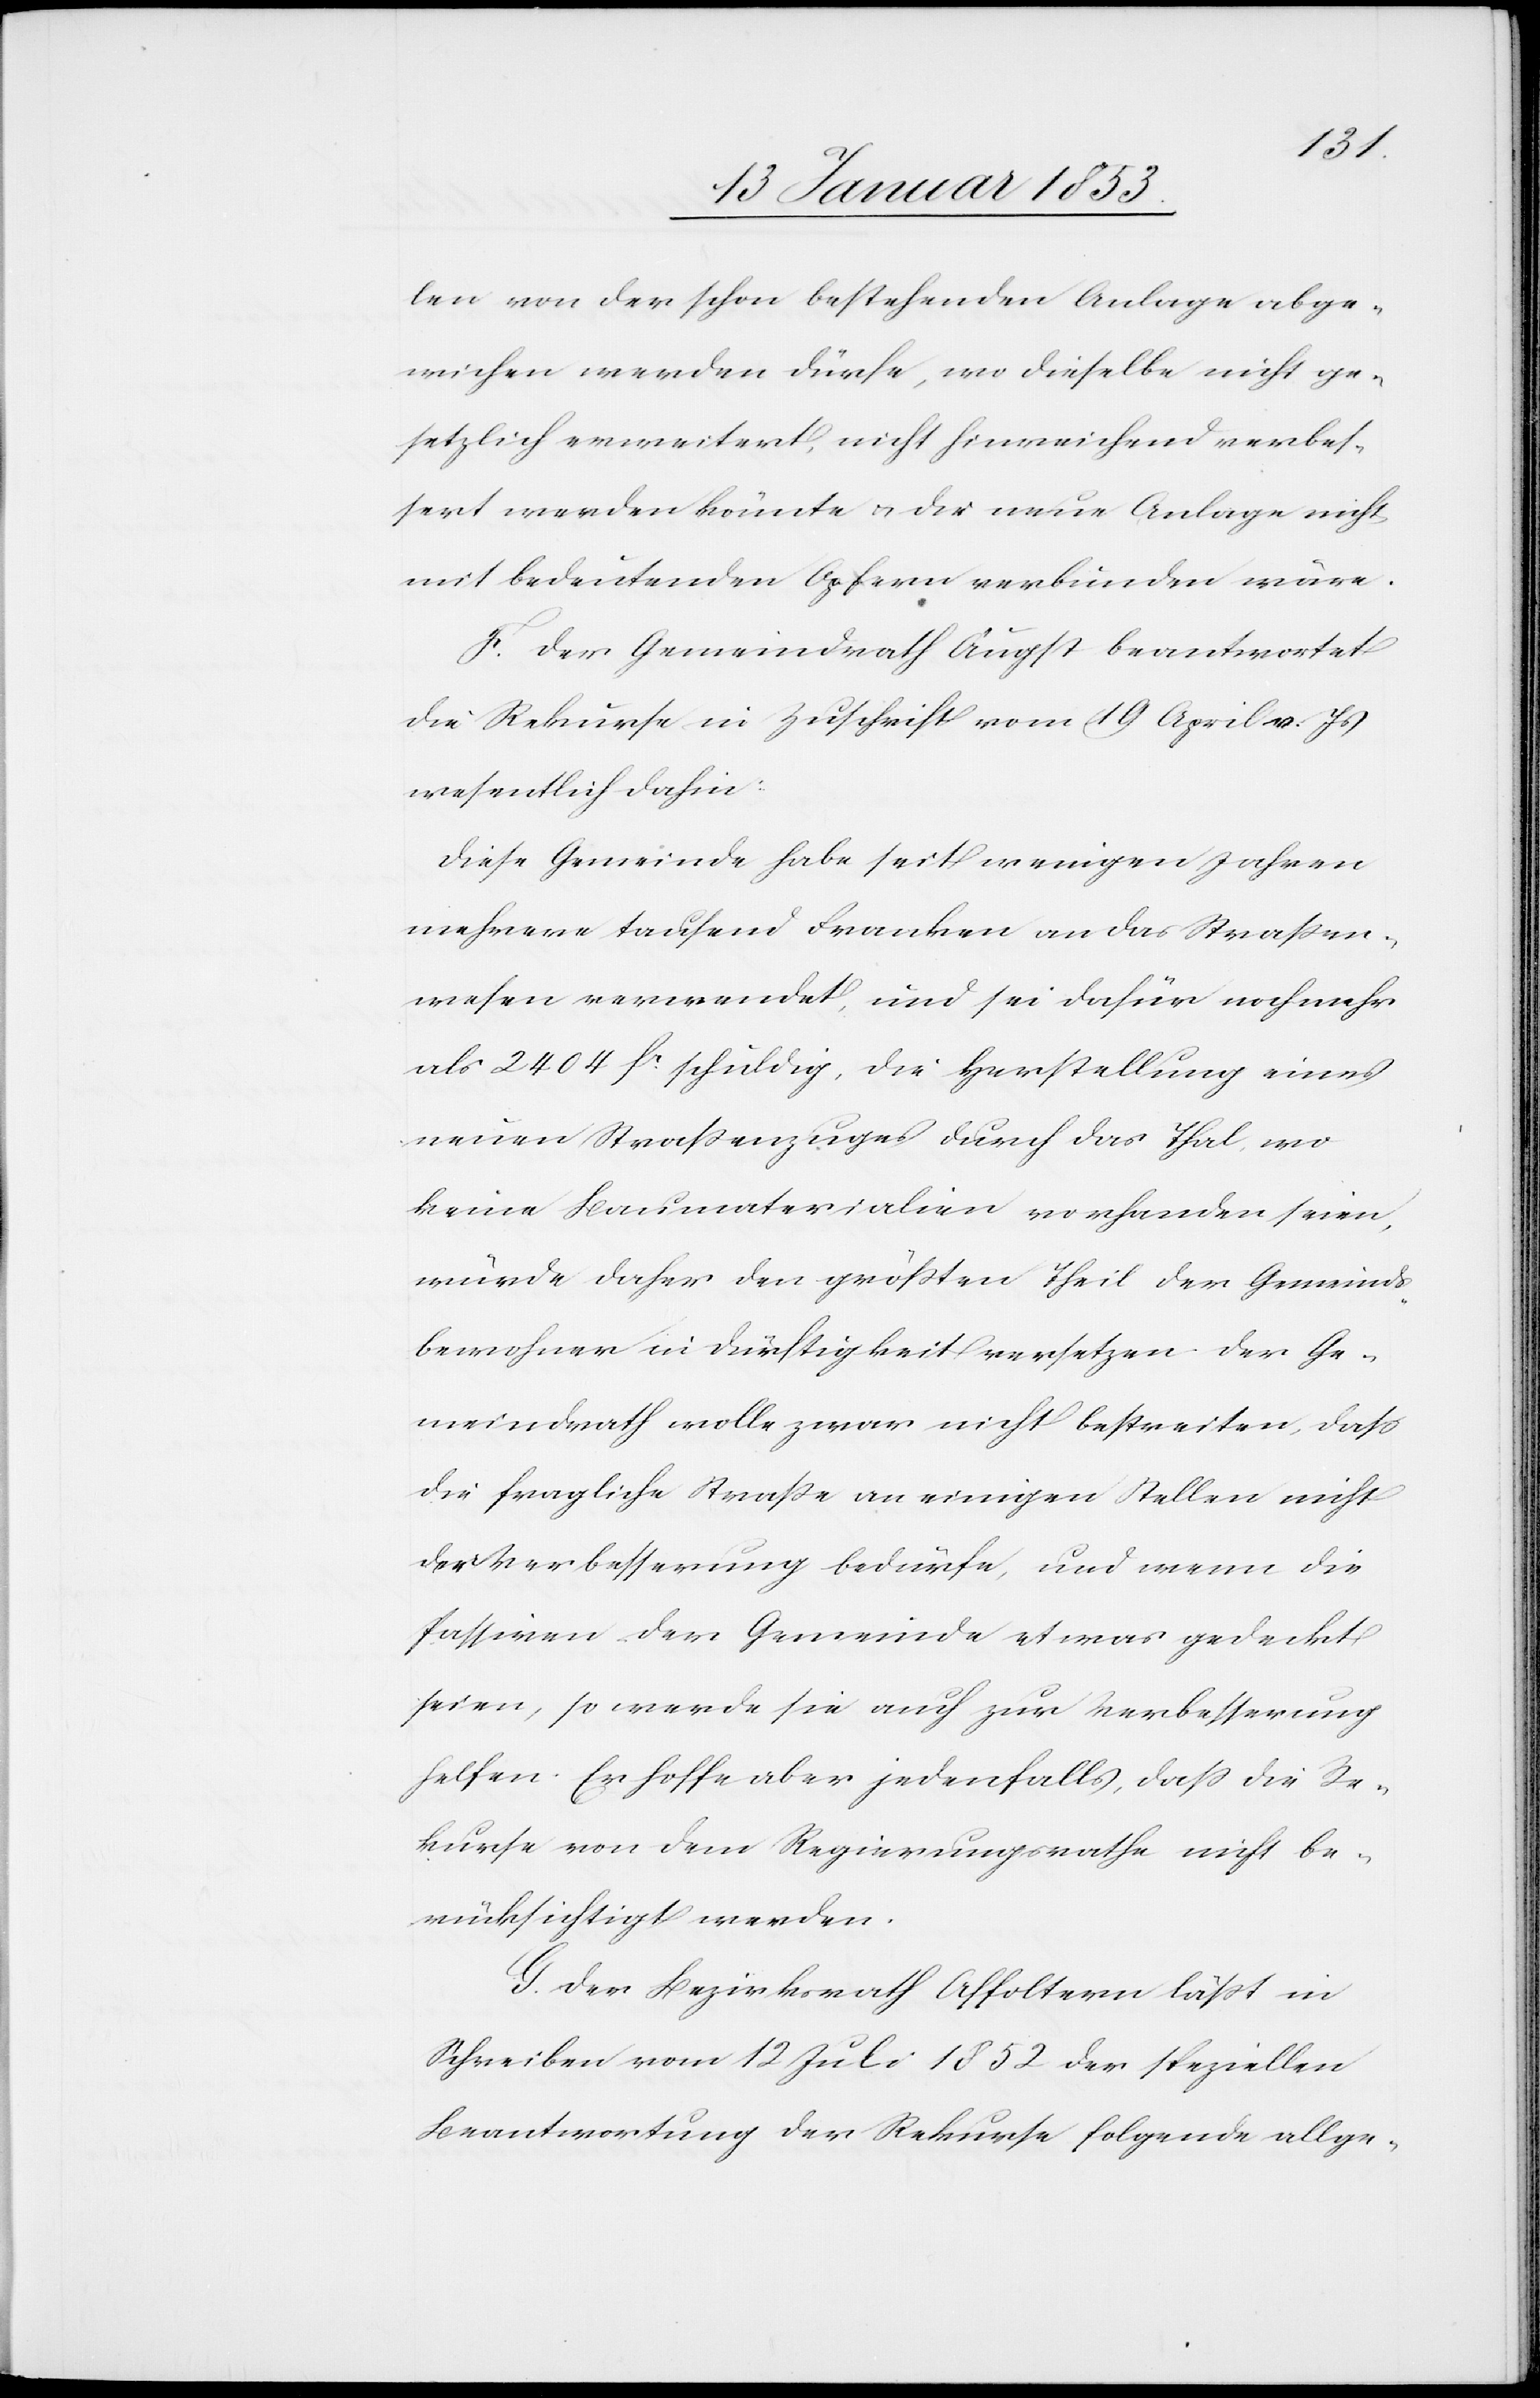
len von der schon bestehenden Anlage abge¬
wichen werden dürfe, wo dieselbe nicht ge¬
setzlich erweitert, nicht hinreichend verbes¬
sert werden könnte u. die neue Anlage nicht
mit bedeutenden Opfern verbunden wäre.
F. Der Gemeindrath Äugst beantwortet
die Rekurse in Zuschrift vom 19 April v. Js
wesentlich dahin:
Diese Gemeinde habe seit wenigen Jahren
mehrere tausend Franken an das Strassen¬
wesen verwendet, und sei dafür noch mehr
als 2404 fr schuldig, die Herstellung eines
neuen Strassenzuges durch das Thal, wo
keine Baumaterialien vorhanden seien,
würde daher den grössten Theil der Gemeinds¬
bewohner in Dürftigkeit versetzen. Der Ge¬
meindrath wolle zwar nicht bestreiten, dass
die fragliche Strasse an einigen Stellen nicht
der Verbesserung bedürfe, und wenn die
Passiven der Gemeinde etwas gedeckt
seien, so werde sie auch zur Verbesserung
helfen. Er hoffe aber jedenfalls, dass die Re¬
kurse von dem Regierungsrathe nicht be¬
rücksichtigt werden.
G. Der Bezirksrath Affoltern lässt im
Schreiben vom 12 Juli 1852 der speziellen
Beantwortung der Rekurse folgende allge-